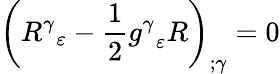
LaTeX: \left({R^{\gamma}}_{\varepsilon}-{\frac{1}{2}}{g^{\gamma}}_{\varepsilon}R\right)_{;\gamma}=0